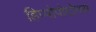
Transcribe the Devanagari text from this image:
हिप्पोपोटोमस